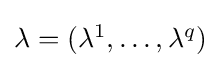
{\textstyle \lambda =(\lambda ^{1},\dots ,\lambda ^{q})}